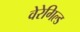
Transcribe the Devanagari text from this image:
वेरेगिल्ड